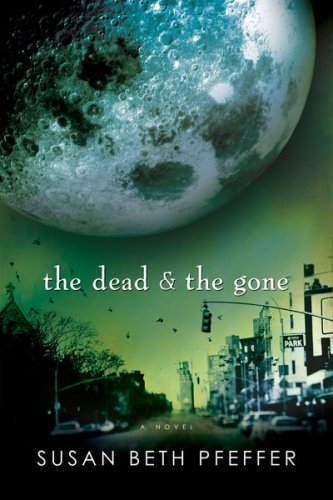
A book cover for The Dead and The Gone; Susan Beth Pfeffer; Teen & Young Adult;